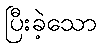
ပြီးခဲ့သော